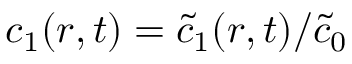
c _ { 1 } ( r , t ) = \widetilde { c } _ { 1 } ( r , t ) / \widetilde { c } _ { 0 }